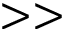
> >